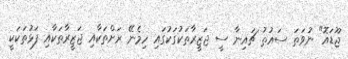
ޖޫޑައޮ" ނުވަތަ ސައުތު ޗައިނާ ސީ ޖަޒީރާތަކުގަކުގައި ހިމެނޭ ރަށްތަކާއި ޖަޒީރާތަކާއި ފަޅުތަކަކީ